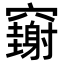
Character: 𥩄